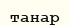
танар